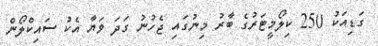
ގަޑިއަކު 250 ކިލޯމީޓަރުގެ ބާރު މިނުގައި ޖެހުނު ގަދަ ވަޔާ އެކު ސައިކްލޯން